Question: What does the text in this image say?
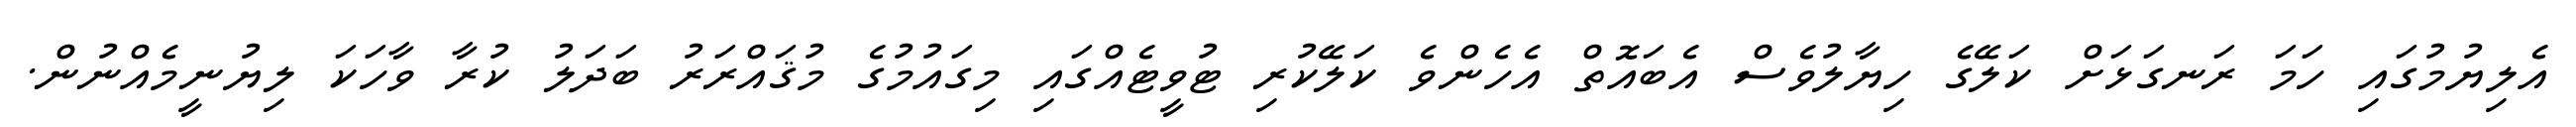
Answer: އެލިޔުމުގައި ހަމަ ރަނގަޅަށް ކަލޭގެ ހިޔާލުވެސް އެބައޮތް އެހެންވެ ކަލޭކުރި ޓުވީޓެއްގައި މިގައުމުގެ މުޤައްރަރު ބަދަލު ކުރާ ވާހަކަ ލިޔުނީމެއްނުން.